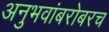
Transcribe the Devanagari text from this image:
अनुभवांबरोबरच